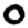
Digit: 0